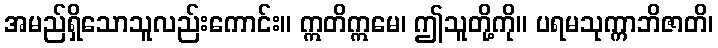
အမည်ရှိသောသူလည်းကောင်း။ ဣတိဣမေ၊ ဤသူတို့ကို။ ပရမသုက္ကာဘိဇာတိ၊